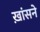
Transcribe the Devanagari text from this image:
ख़ांसने